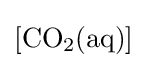
[\mathrm {CO_{2}(aq)} ]